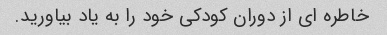
خاطره ای از دوران کودکی خود را به یاد بیاورید.